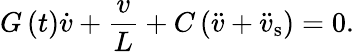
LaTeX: G\left(t\right)\dot{v}+\frac{v}{L}+C\left(\ddot{v}+\ddot{v}_{\mathrm{s}}\right)=0.